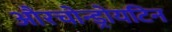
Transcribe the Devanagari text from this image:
औरचोन्ड्रोयटिन